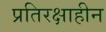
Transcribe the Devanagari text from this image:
प्रतिरक्षाहीन